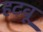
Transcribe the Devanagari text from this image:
हटवू